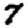
Digit: 7